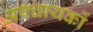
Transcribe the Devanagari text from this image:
अपचायकों